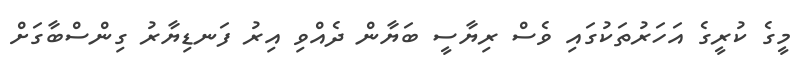
މީގެ ކުރީގެ އަހަރުތަކުގައި ވެސް ރިޔާސީ ބަޔާން ދެއްވި އިރު ފަނޑިޔާރު ގިންސްބާގަށް